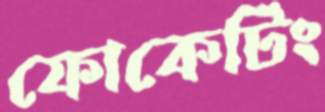
ফোকেটিং